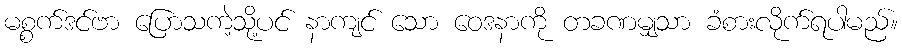
မစ္စက်ဒင်ဗာ ပြောသကဲ့သို့ပင် နာကျင် သော ဝေဒနာကို တခဏမျှသာ ခံစားလိုက်ရပါမည်။